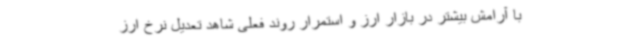
با آرامش بیشتر در بازار ارز و استمرار روند فعلی شاهد تعدیل نرخ ارز